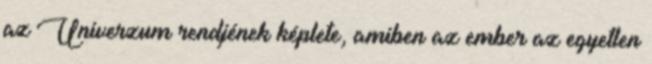
az Univerzum rendjének képlete, amiben az ember az egyetlen